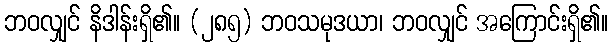
ဘဝလျှင် နိဒါန်းရှိ၏။ (၂၈၅) ဘဝသမုဒယာ၊ ဘဝလျှင် အကြောင်းရှိ၏။